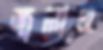
জ্বলাও